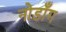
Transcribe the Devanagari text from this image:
नोडाँग